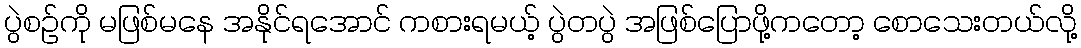
ပွဲစဉ်ကို မဖြစ်မနေ အနိုင်ရအောင် ကစားရမယ့် ပွဲတပွဲ အဖြစ်ပြောဖို့ကတော့ စောသေးတယ်လို့